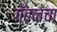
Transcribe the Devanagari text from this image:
गॅबनचा